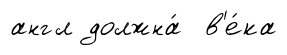
англ должна́ в'е́ка